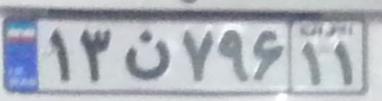
۱۳ن۷۹۶۱۱